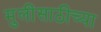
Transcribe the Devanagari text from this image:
मुलींसाठीच्या